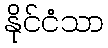
နိုင်ငံသာ